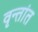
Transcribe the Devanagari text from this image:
वृन्तांत